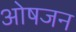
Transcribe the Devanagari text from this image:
ओषजन